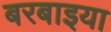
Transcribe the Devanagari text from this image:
बरबाइया